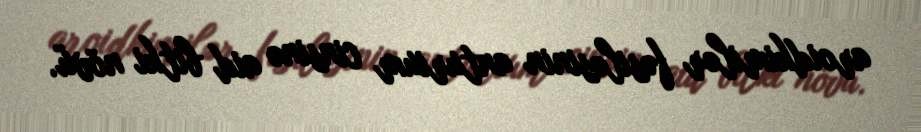
aroidkimilər fəsiləsinin anturium cinsinə aid bitki növü.